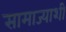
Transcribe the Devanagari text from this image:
सामाज्याशी